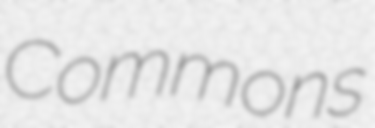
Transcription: Commons